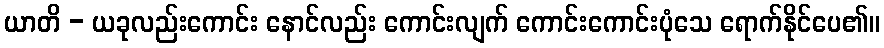
ယာတိ - ယခုလည်းကောင်း နောင်လည်း ကောင်းလျက် ကောင်းကောင်းပုံသေ ရောက်နိုင်ပေ၏။